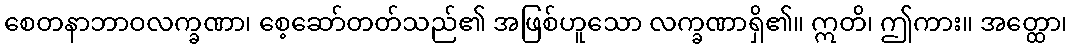
စေတနာဘာဝလက္ခဏာ၊ စေ့ဆော်တတ်သည်၏ အဖြစ်ဟူသော လက္ခဏာရှိ၏။ ဣတိ၊ ဤကား။ အတ္ထော၊